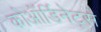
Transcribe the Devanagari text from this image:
कोऑर्डिनेट्स